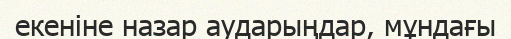
екеніне назар аударыңдар, мұндағы